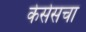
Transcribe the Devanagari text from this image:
केसेसचा